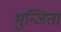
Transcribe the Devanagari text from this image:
भुन्जिता